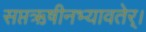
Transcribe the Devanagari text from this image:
सप्तऋषीनभ्यावतेर्।